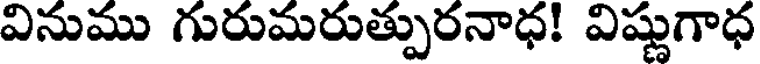
వినుము గురుమరుత్పురనాధ! విష్ణుగాధ